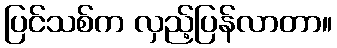
ပြင်သစ်က လှည့်ပြန်လာတာ။